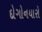
દોગોનયારો